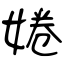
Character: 婘